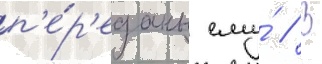
п'е́р'еданы ему́ // В